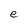
Character: e